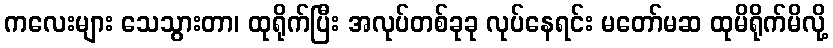
ကလေးများ သေသွားတာ၊ ထုရိုက်ပြီး အလုပ်တစ်ခုခု လုပ်နေရင်း မတော်မဆ ထုမိရိုက်မိလို့